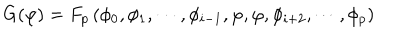
LaTeX: G ( \varphi ) = F _ { p } \left( \phi _ { 0 } , \phi _ { 1 } , \cdots , \phi _ { i - 1 } , \varphi , \varphi , \phi _ { i + 2 } , \cdots , \phi _ { p } \right)